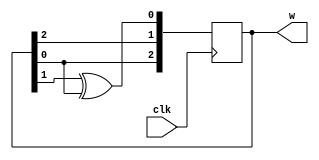
module lfsr(
    input clk,

    output reg [2:0]w
);

initial w = 3'b001;

wire out = w[0];

always @(posedge clk) begin
    w[2] <= out;
    w[1] <= w[2];
    w[0] <= w[1] ^ out;
end

endmodule